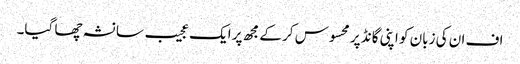
اف ان کی زبان کو اپنی گانڈ پر محسوس کر کے مجھ پر ایک عجیب سا نشہ چھا گیا۔